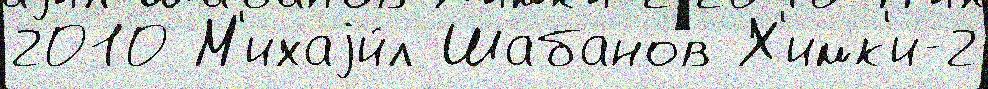
2010 М'ихаjи́л Шабанов Х'имк'и-2